Riigikantselei, lk 10
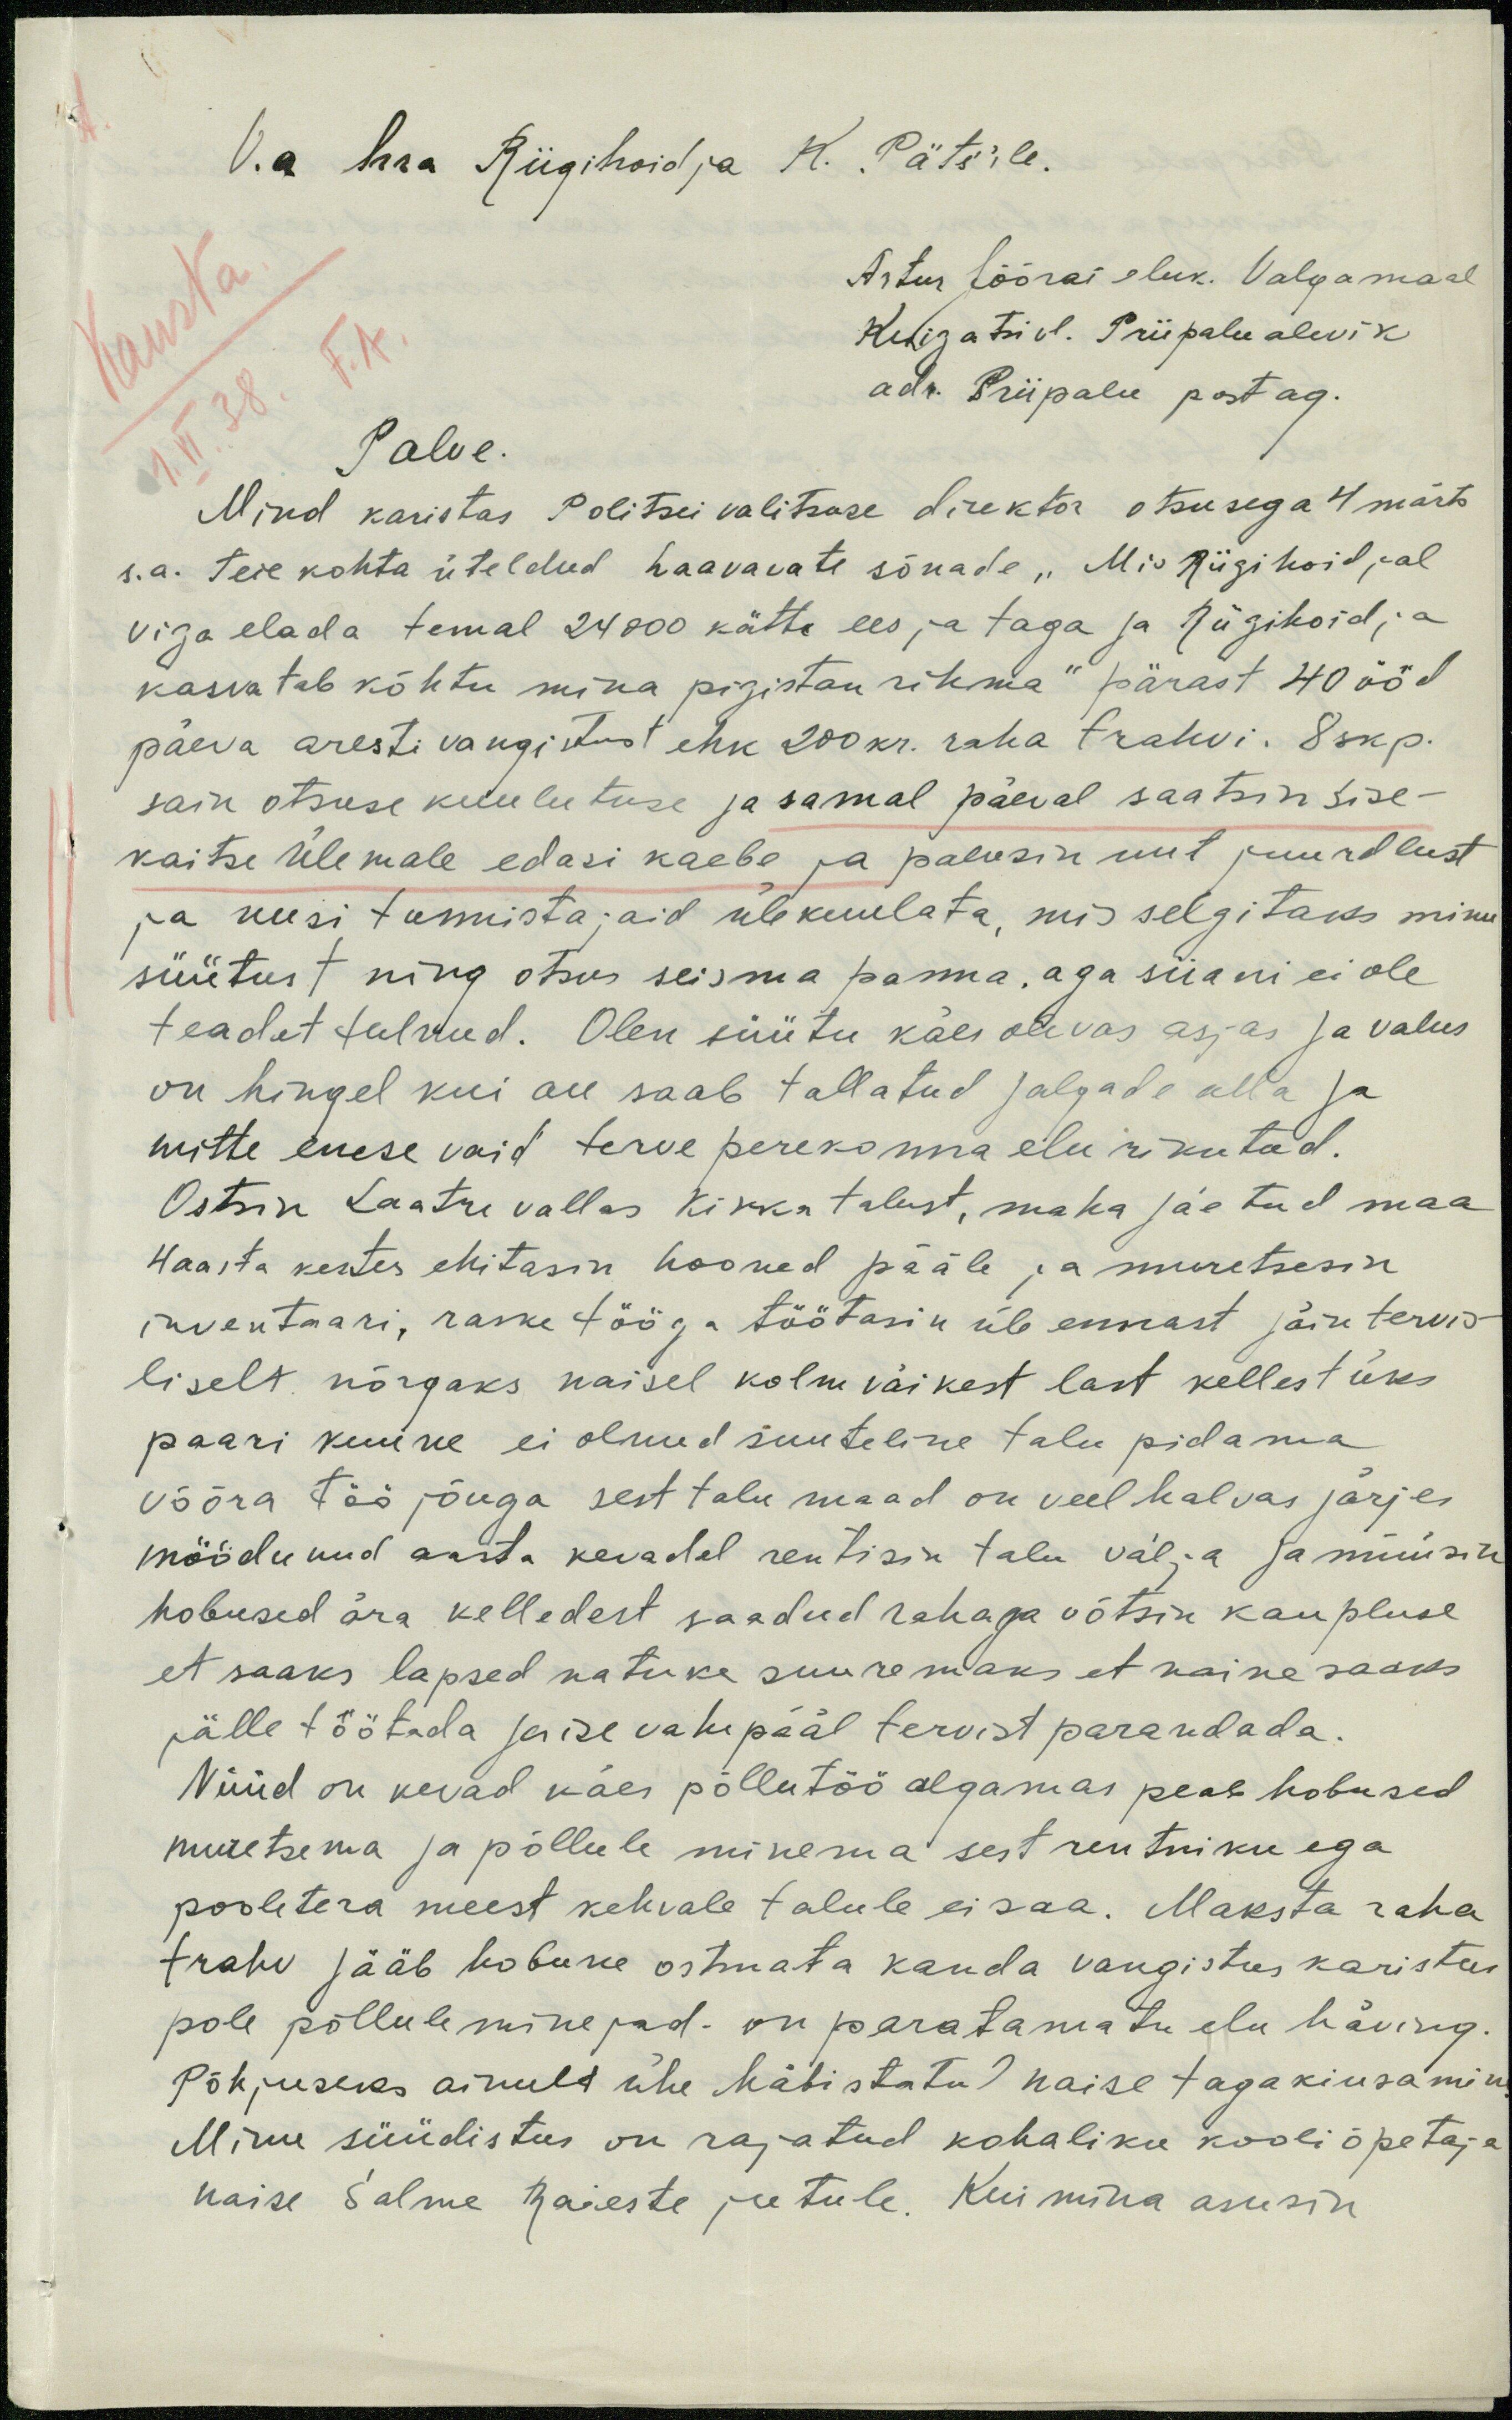
V.a hra Riigihoidja K. Päts'ile.
Artur Jööras eluk. Valgamaal
Kuigatsi vl. Priipalu alevik
Kausta
adr. Priipalu post ag.
1.VI.38 F.A.
Palve.
Mind karistas Politsei valitsuse direktor otsusega 4 märts.
s.a. Teie kohta üteldud haavavate sõnade "Mis Riigikoidjal
viga elada temal 24000 kätta ees ja taga ja Riigihoidja
kasvatab kõhtu mina pigistan rihma" pärast 40 ööd
päeva aresti vangistust ehk 200 kr. raha trahvi. 8 skp.
sain otsuse kuulutuse ja samal päeval saatsin sise-
kaitse Ülemale edasi kaebe ja palusin uut juurdlust
ja uusi tunnistajaid ülekuulata, mis selgitaks minu
süütust ning otsus seisma panna, aga siiani ei ole
teadet tulnud. Olen süütu käes olevas asjas ja valus
on hingel kui see saab tallatud jalgade alla ja
mitte enese vaid terve perekonna elu rikutud.
Ostsin Laatre vallas Kikka talust, maha jäetud maa
4 aasta kestes ehitasin hooned pääle, ja muretsesin
inventaari, raske tööga töötasin üle ennast jäin tervis-
liselt nõrgaks naisel kolm väikest last kellest üks
paari kuune ei olnud suuteline talu pidama
võõra töö jõuga sest talu maad on veel halvas järjes
möödunud aasta kevadel rentisin talu välja ja müüsin
hobused ära kelledest saadud rahaga võtsin kaupluse
et saaks lapsed natuke suuremaks et naine saaks
jälle töötada ja ise vahepääl tervist parandada.
Nüüd on kevad käes põllutöö algamas peab hobused
muretsema ja põllule minema sest rentniku ega
pooletera meest kehvale talule ei saa. Maksta raha
trahv jääb hobune ostmata kanda vangistus karistus
pole põllule minejad. on paratamatu elu häving.
Põhjuseks ainult ühe häbistatud naise tagakiusamine
Minu süüdistus on rajatud kohaliku kooliõpetaja
naise Salme Raieste jutule. Kui mina asusin